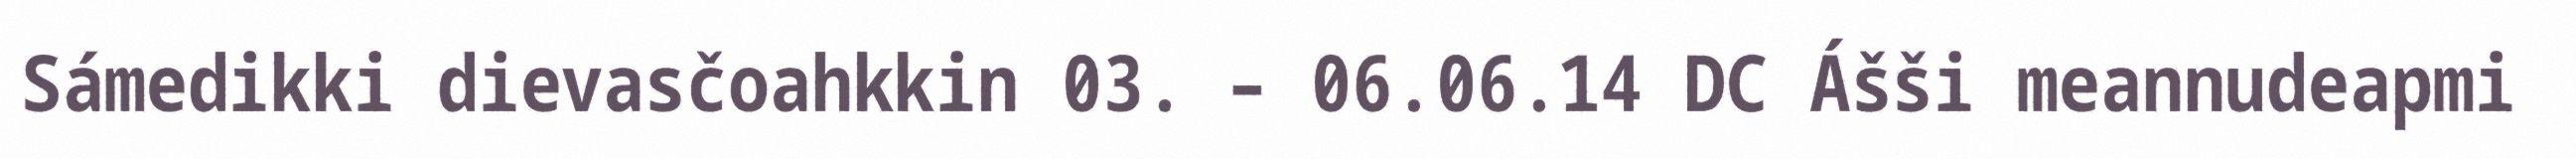
Sámedikki dievasčoahkkin 03. – 06.06.14 DC Ášši meannudeapmi